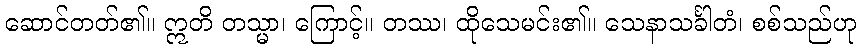
ဆောင်တတ်၏။ ဣတိ တသ္မာ၊ ကြောင့်။ တဿ၊ ထိုသေမင်း၏။ သေနာသင်္ခါတံ၊ စစ်သည်ဟု